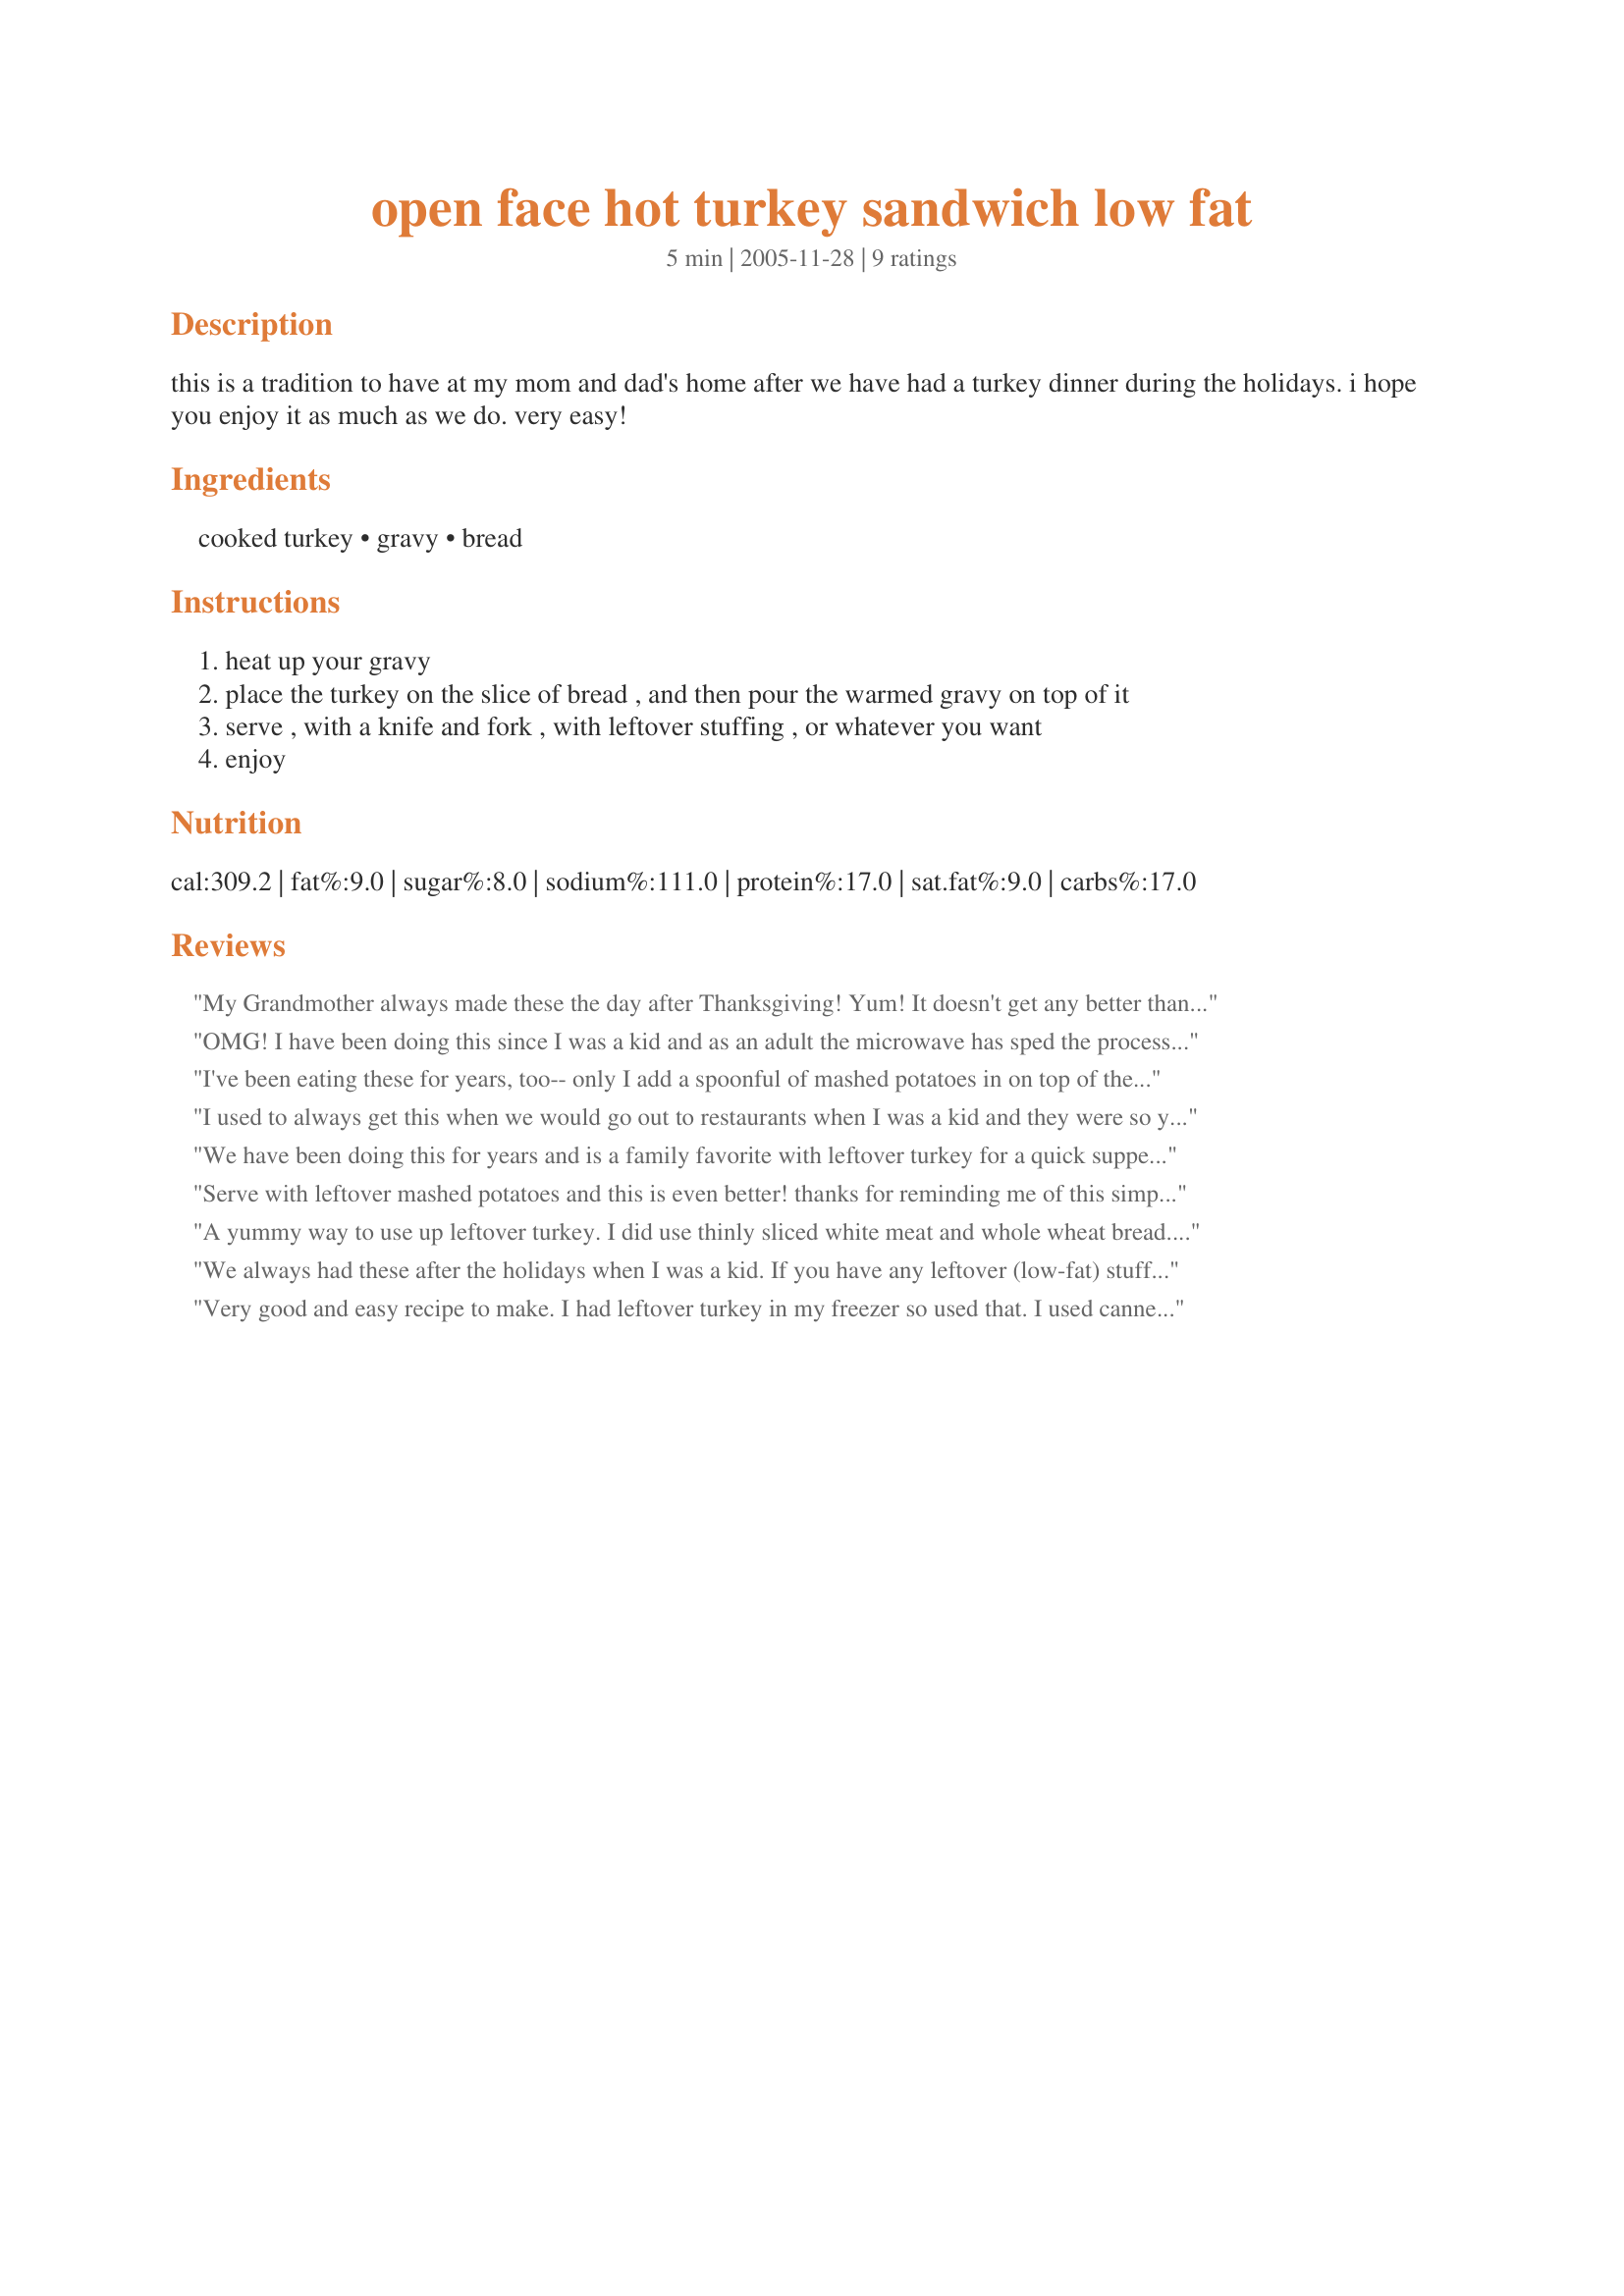
open face hot turkey sandwich low fat
Preparation time: 5 minutes

this is a tradition to have at my mom and dad's home after we have had a turkey dinner during the holidays. i hope you enjoy it as much as we do. very easy!

Ingredients:
cooked turkey, gravy, bread

Steps:
heat up your gravy
place the turkey on the slice of bread , and then pour the warmed gravy on top of it
serve , with a knife and fork , with leftover stuffing , or whatever you want
enjoy

Reviews:
My Grandmother always made these the day after Thanksgiving! Yum! It doesn't get any better than this! Thanks for sharing!
OMG! I have been doing this since I was a kid and as an adult the microwave has sped the process up even more. Love it with lots of fresh ground pepper and a touch of salt!
I've been eating these for years, too-- only I add a spoonful of mashed potatoes in on top of the turkey if I have them available. Today I made it your way for a quick and easy lunch. Thanks!
I used to always get this when we would go out to restaurants when I was a kid and they were so yummy. But as restaurants started using powdered gravy that did not taste good so I stopped getting these out. My gram used to make these when I was a kid with jar gravy and deli turkey breast. I hadn't had one in forever and this sounded so yummy. I used a pkt of turkey gravy and deli turkey. My newphew and I loved them. Thanks for posting a great recipe. Christine (internetnut)
We have been doing this for years and is a family favorite with leftover turkey for a quick supper! I usually serve it with a little cranberry sauce as a side along with a steamed green vegetable! Nothing could be easier!
Serve with leftover mashed potatoes and this is even better! thanks for reminding me of this simple supper. Thank you!
A yummy way to use up leftover turkey. I did use thinly sliced white meat and whole wheat bread. This really brought back memories as my mother would always serve hot turkey sandwiches after Thanksgiving and Christmas.
We always had these after the holidays when I was a kid. If you have any leftover (low-fat) stuffing, it also makes a good topping!
Very good and easy recipe to make. I had leftover turkey in my freezer so used that. I used canned turkey gravy as I didn't have any leftover gravy. We all enjoyed this. I did add some pepper to the mixture.
